Report on sanitation, dispensaries, and jails in Rajputana for 1921, and on vaccination for the year 1921-1922 - 1921-1922
Year: 1921
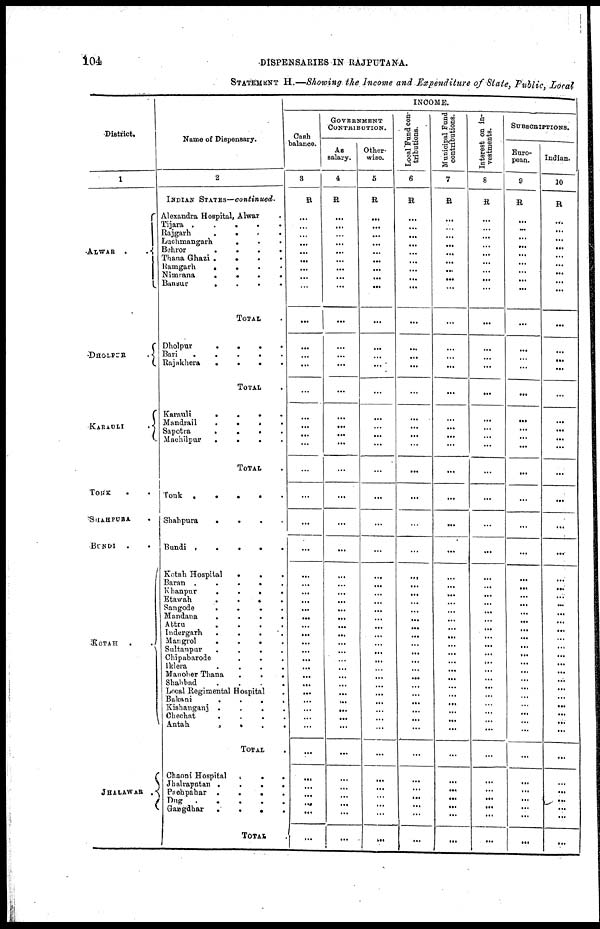
104
DISPENSARIES IN RAJPUTANA.
STATEMENT H.—Showing the Income and Expenditure of State, Public, Local
District.
1
ALWAR
..
DHOLPUR
.
KARAULI .
TONK ..
SHAHPURA .
BUNDI ..
KOTAH ..
JHALAWAR.
Name of Dispensary.
2
INDIAN STATES—continued.
Alexandra Hospital, Alwar .
Tijara
.....
Rajgarh
.
.
.
.
Luchmangarh
....
Behror
....
Thana Ghazi
....
Ramgarh
....
Nimrana
....
Bansur
.
.
.
.
TOTAL .
Dholpur
....
Bari
....
Rajakhera
....
TOTAL .
Karauli
....
Mandrail
....
Sapotra
....
Machilpur
.
.
.
.
TOTAL .
Tonk
....
Shahpura
....
Bundi
....
Kotah Hospital
...
Baran
....
Khanpur
....
Etawah
....
Sangode
.
.
.
.
Mandana ....
Attru ....
Indergarh ....
Mangrol
.
.
.
.
Sultanpur
....
Chipabarode ....
lklera ....
Manoher Thana ....
Shahbad ....
Local Regimental Hospital .
Bakani
....
Kishanganj ....
Chechat ....
Antah
....
TOTAL .
Chaoni Hospital
....
Jhalrapatan ....
Pachpahar
....
Dug
.
.
.
.
Gangdhar
....
TOTAL .
INCOME.
Cash
balance.
3
R
...
...
...
...
...
...
...
...
...
...
...
...
...
...
...
...
...
...
...
...
...
...
...
...
...
...
...
...
...
...
...
...
...
...
...
...
...
...
...
...
...
...
...
...
...
...
...
...
GOVERNMENT
CONTRIBUTION.
As
salary.
4
R
...
...
...
...
...
...
...
...
...
...
...
...
...
...
...
...
...
...
...
...
...
...
...
...
...
...
...
...
...
...
...
...
...
...
...
...
...
...
...
...
...
...
...
...
...
...
...
...
Other-
wise.
5
R
...
...
...
...
...
...
...
...
...
...
...
...
...
...
...
...
...
...
...
...
...
...
...
...
...
...
...
...
...
...
...
...
...
...
...
...
...
...
...
...
...
...
...
...
...
...
...
...
Local Fund con-
tributions.
6
R
...
...
...
...
...
...
...
...
...
...
...
...
...
...
...
...
...
...
...
...
...
...
...
...
...
...
...
...
...
...
...
...
...
...
...
...
...
...
...
...
...
...
...
...
...
...
...
...
Municipal Fund
contributions.
7
R
...
...
...
...
...
...
...
...
...
...
...
...
...
...
...
...
...
...
...
...
...
...
...
...
...
...
...
...
...
...
...
...
...
...
...
...
...
...
...
...
...
...
...
...
...
...
...
...
Interest on in-
vestments.
8
R
...
...
...
...
...
...
...
...
...
...
...
...
...
...
...
...
...
...
...
...
...
...
...
...
...
...
...
...
...
...
...
...
...
...
...
...
...
...
...
...
...
...
...
...
...
...
...
...
SUBSCRIPTIONS.
Euro-
pean.
9
R
...
...
...
...
...
...
...
...
...
...
...
...
...
...
...
...
...
...
...
...
...
...
...
...
...
...
...
...
...
...
...
...
...
...
...
...
...
...
...
...
...
...
...
...
...
...
...
...
Indian.
10
R
...
...
...
...
...
...
...
...
...
...
...
...
...
...
...
...
...
...
...
...
...
...
...
...
...
...
...
...
...
...
...
...
...
...
...
...
...
...
...
...
...
...
...
...
...
...
...